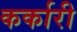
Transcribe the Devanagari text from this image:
कर्कारी